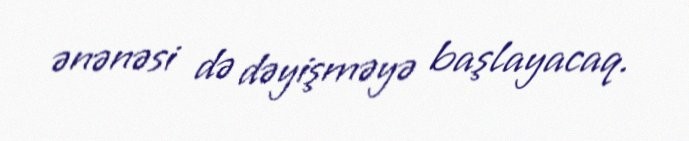
ənənəsi də dəyişməyə başlayacaq.